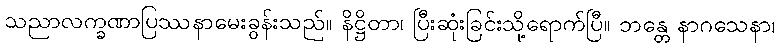
သညာလက္ခဏာပြဿနာမေးခွန်းသည်။ နိဋ္ဌိတာ၊ ပြီးဆုံးခြင်းသို့ရောက်ပြီ။ ဘန္တေ နာဂသေနာ၊